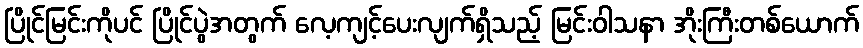
ပြိုင်မြင်းကိုပင် ပြိုင်ပွဲအတွက် လေ့ကျင့်ပေးလျက်ရှိသည့် မြင်းဝါသနာ အိုးကြီးတစ်ယောက်